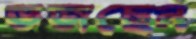
ভজছেন